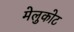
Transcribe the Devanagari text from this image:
मेलुकोट